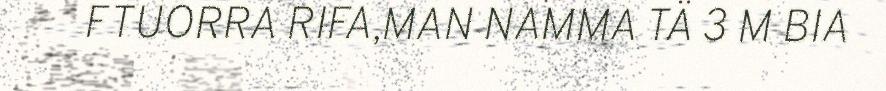
FTUORRA RIFA,MAN NAMMA TÄ 3 M BIA